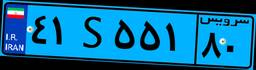
۴۱S۵۵۱۸۰